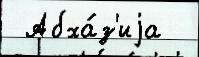
 Абха́з'иjа